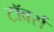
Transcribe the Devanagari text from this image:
टाॅवर्स